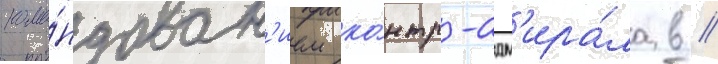
кома́ндован'ием ко́нтр-адм'ира́ла в //